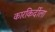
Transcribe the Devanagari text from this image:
कारकिर्दीला